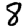
Digit: 8